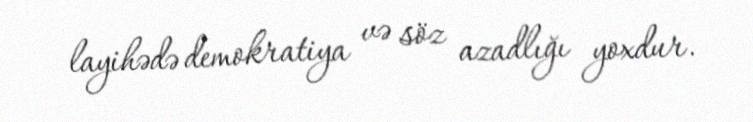
layihədə demokratiya və söz azadlığı yoxdur.